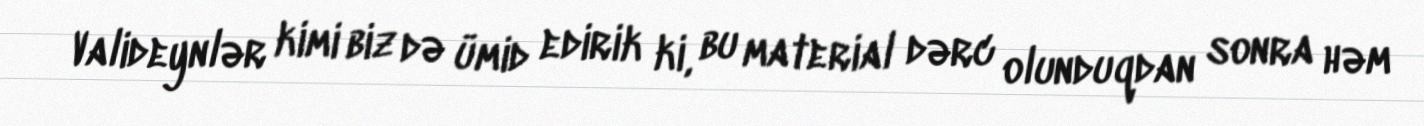
Valideynlər kimi biz də ümid edirik ki, bu material dərc olunduqdan sonra həm